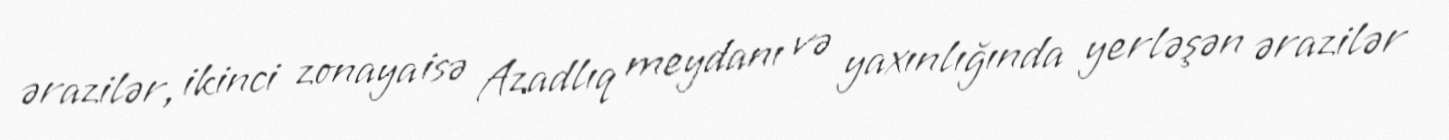
ərazilər, ikinci zonaya isə Azadlıq meydanı və yaxınlığında yerləşən ərazilər